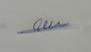
Signature authenticity: genuine